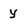
Character: y